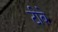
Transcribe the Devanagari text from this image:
टीबे